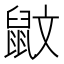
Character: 鼤